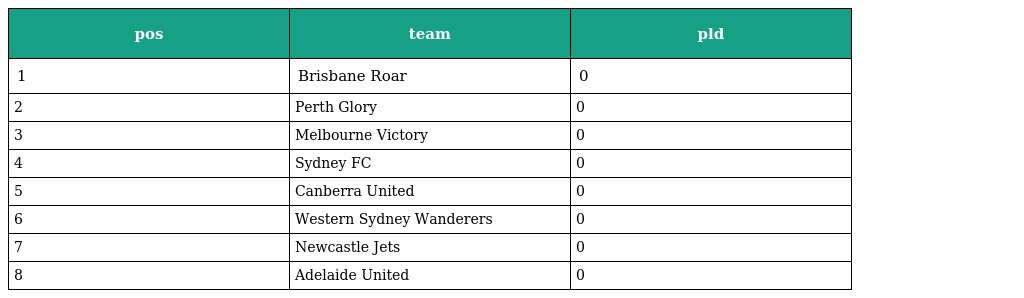
| pos | team | pld |
 | --- | --- | --- |
 | 1 | Brisbane Roar | 0 |
 | 2 | Perth Glory | 0 |
 | 3 | Melbourne Victory | 0 |
 | 4 | Sydney FC | 0 |
 | 5 | Canberra United | 0 |
 | 6 | Western Sydney Wanderers | 0 |
 | 7 | Newcastle Jets | 0 |
 | 8 | Adelaide United | 0 |